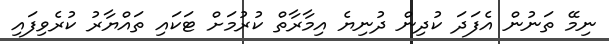
ނިމޭ ތަނުން އެފަދަ ކުދިން ދުނިޔެ އިމާރާތް ކުރުމަށް ޓަކައި ތައްޔާރު ކުރެވިފައި